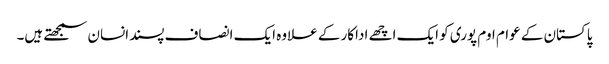
پاکستان کے عوام اوم پوری کو ایک اچھے اداکار کے علاوہ ایک انصاف پسندانسان سمجھتے ہیں۔